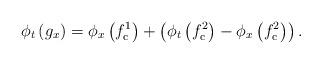
LaTeX: \begin{align*}\phi_{t} \left( g_{x} \right) = \phi_{x} \left( f^{1}_{\mathrm{c}} \right) + \left( \phi_{t} \left( f^{2}_{\mathrm{c}} \right) - \phi_{x} \left( f^{2}_{\mathrm{c}} \right) \right).\end{align*}